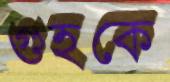
গুহকে